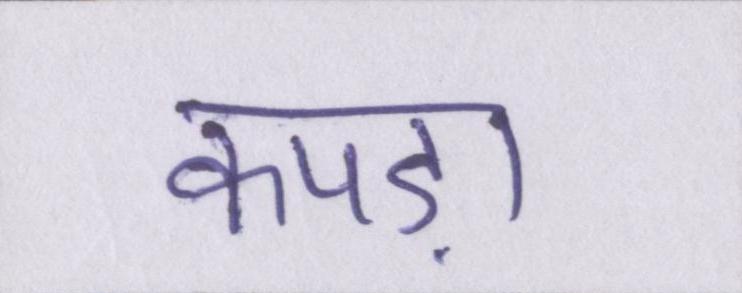
कपड़ा